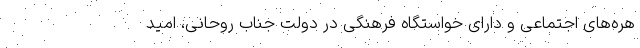
هره‌های اجتماعی و دارای خواستگاه فرهنگی در دولتِ جنابِ روحانی، امید